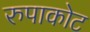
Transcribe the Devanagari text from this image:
रुपाकोट